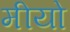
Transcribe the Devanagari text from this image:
मीयो